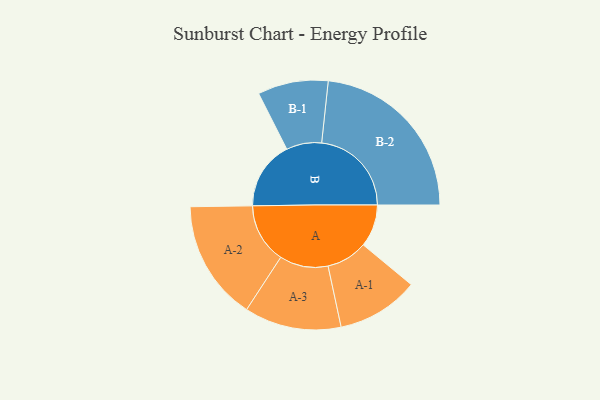
{"axis": {"x": "Segment", "y": "Value"}, "legend": ["", "A", "B"], "data": [{"x": "A", "y": 125, "type": ""}, {"x": "B", "y": 202, "type": ""}, {"x": "A-1", "y": 121, "type": "A"}, {"x": "A-2", "y": 177, "type": "A"}, {"x": "A-3", "y": 143, "type": "A"}, {"x": "B-1", "y": 104, "type": "B"}, {"x": "B-2", "y": 265, "type": "B"}]}